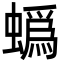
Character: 蟡